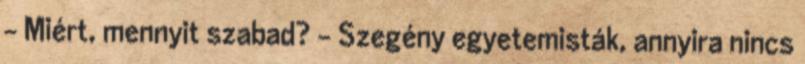
- Miért, mennyit szabad? - Szegény egyetemisták, annyira nincs